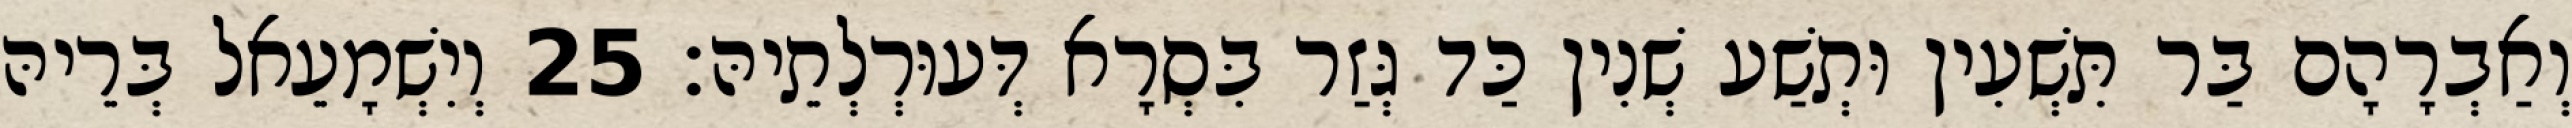
וְאַבְרָהָם בַּר תִּשְׁעִין וּתְשַׁע שְׁנִין כַּד גְּזַר בִּסְרָא דְּעוּרְלְתֵיהּ׃ 25 וְיִשְׁמָעֵאל בְּרֵיהּ